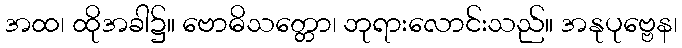
အထ၊ ထိုအခါ၌။ ဗောဓိသတ္တော၊ ဘုရားလောင်းသည်။ အနုပုဗ္ဗေန၊